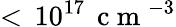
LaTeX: <\, 10^{17}\, \mathrm{~c~m~}^{-3}